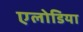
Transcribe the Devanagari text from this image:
एलोडिया